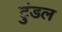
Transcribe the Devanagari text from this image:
टुंडल